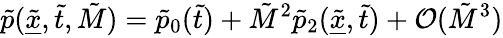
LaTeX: \tilde{p}(\underline{{\tilde{x}}},\tilde{t},\tilde{M})=\tilde{p}_{0}(\tilde{t})+\tilde{M}^{2}\tilde{p}_{2}(\underline{{\tilde{x}}},\tilde{t})+\mathcal{O}(\tilde{M}^{3})